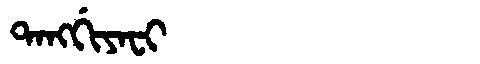
Manchu: ᡨᠠᠩᡤᡳᠶᠠᠸᡳ
Romanization: TANGGIYAFI